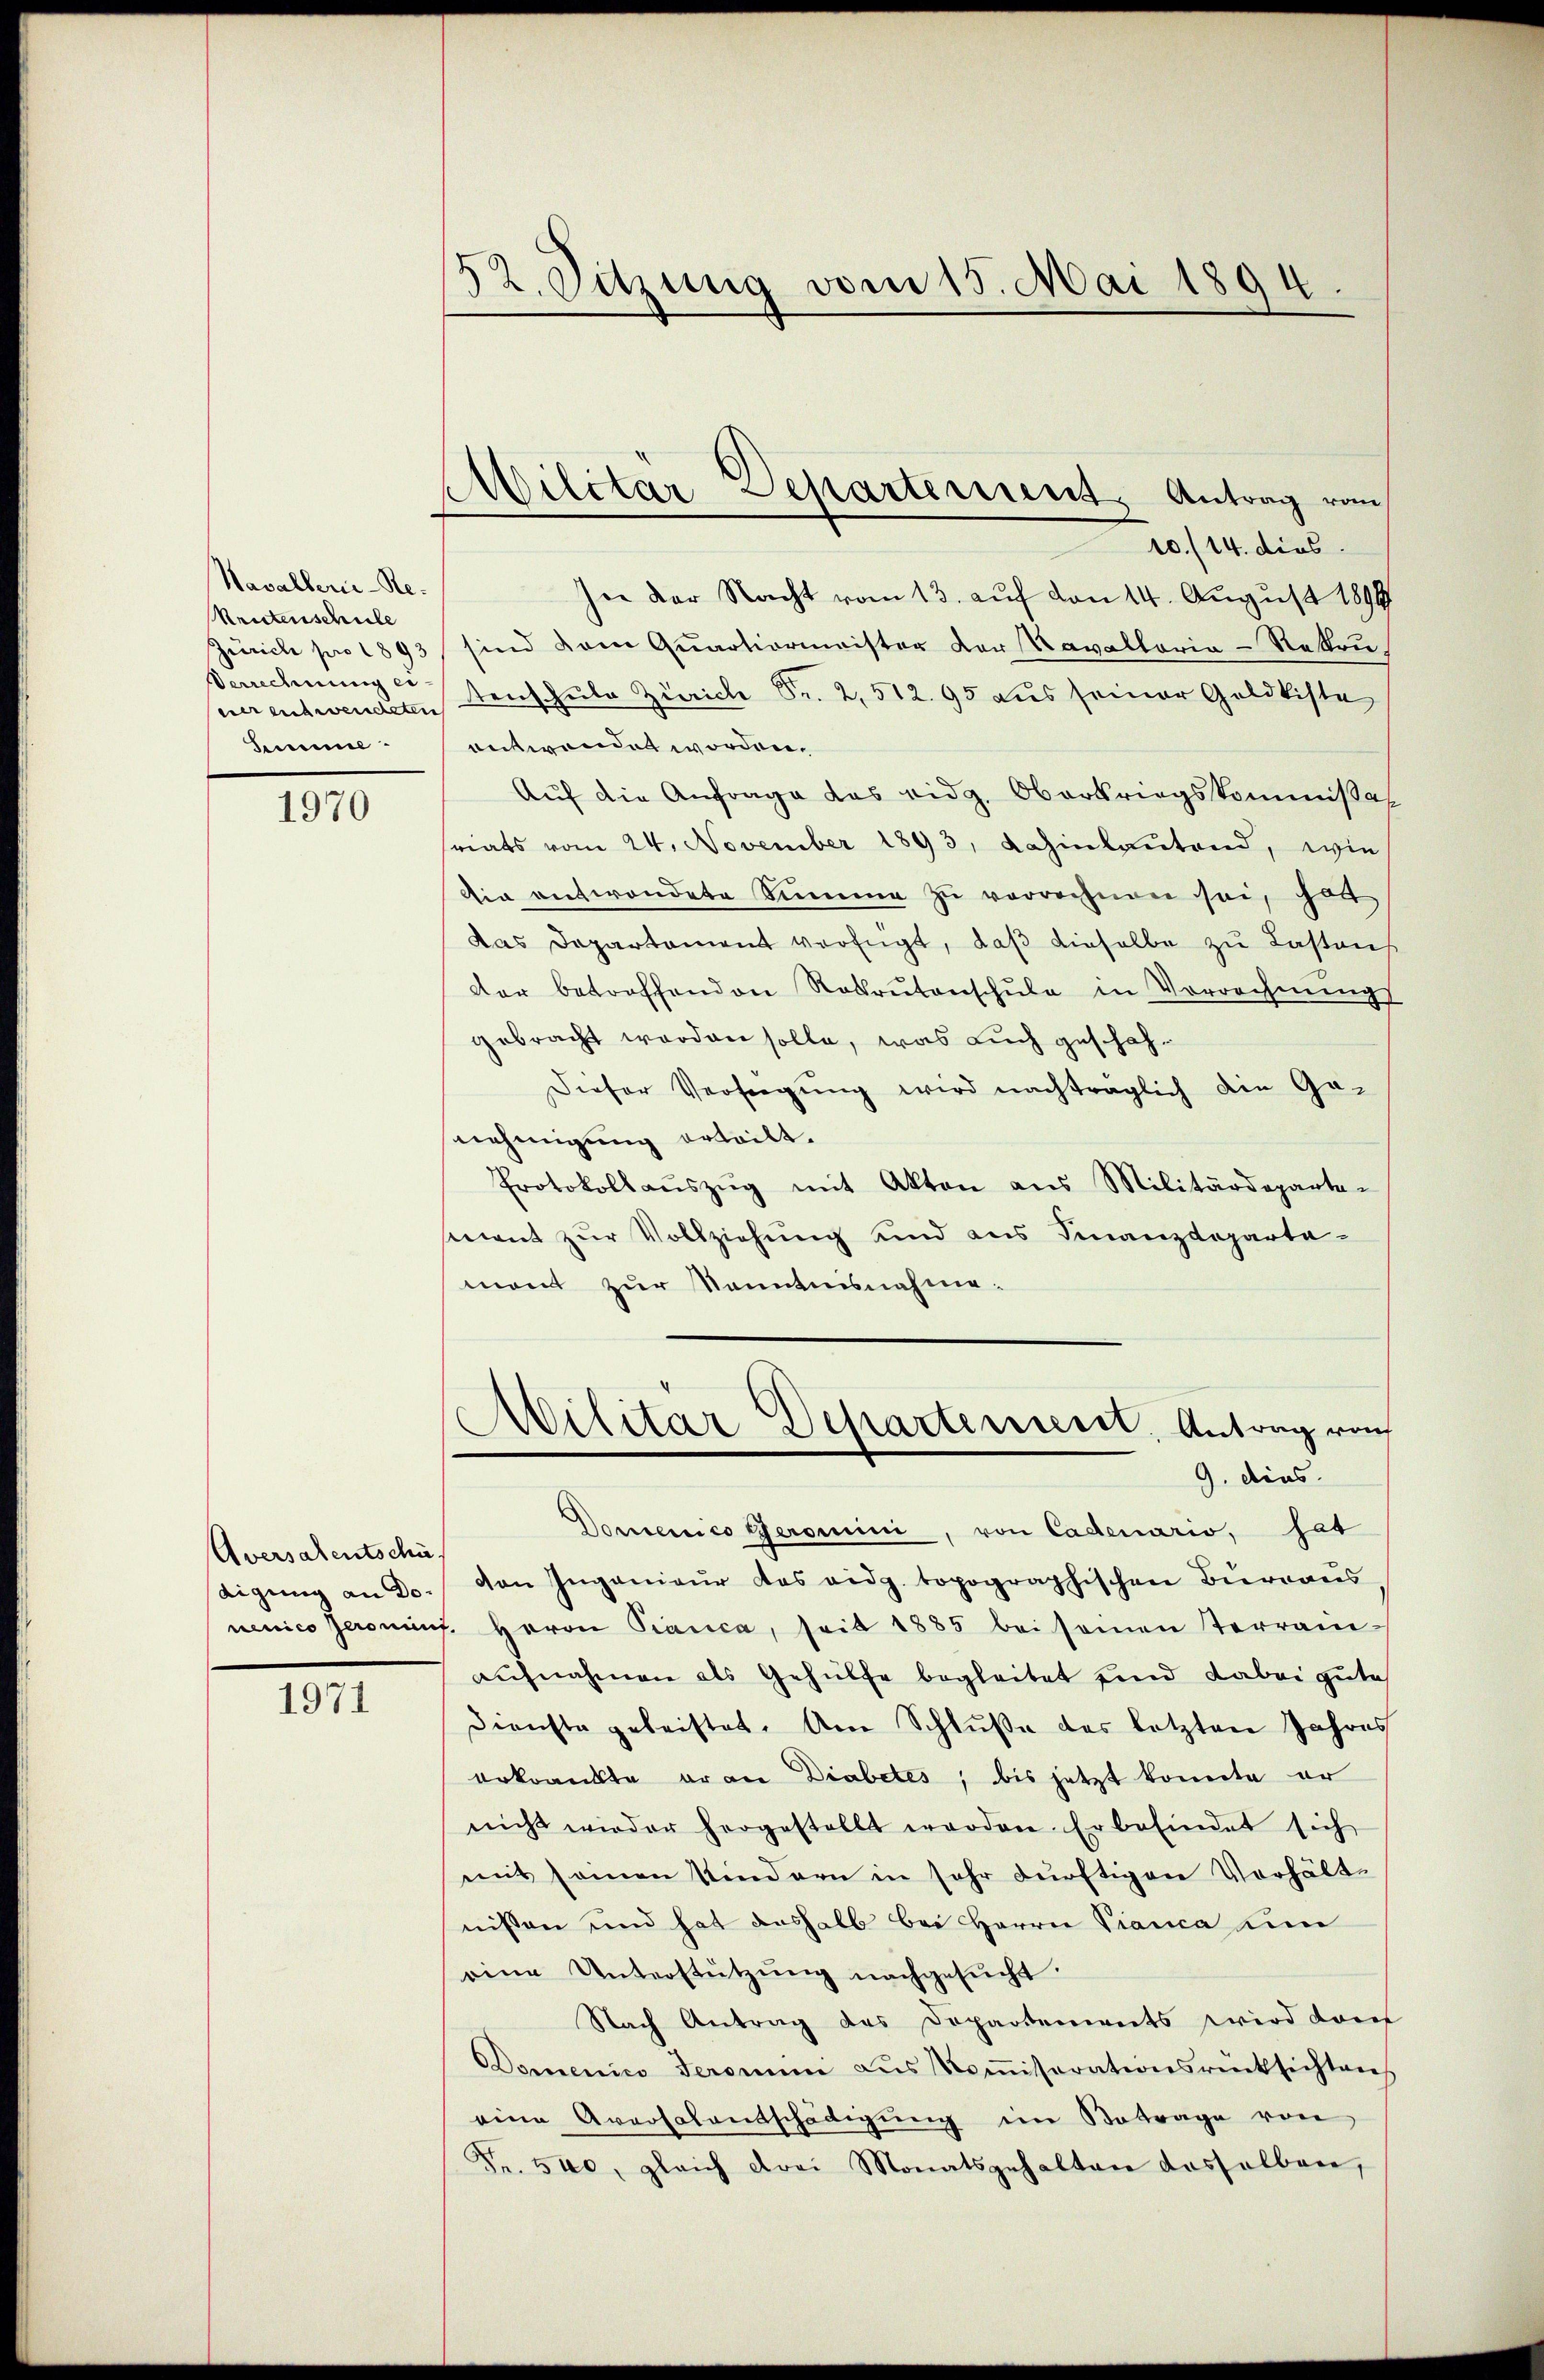
Kavallerie-Re¬
Reutenschule
Zürich pro 1893
Verrechnung eieier entwendeten
Semme.

1970

Aversalentschädigung an Do¬

1971

52. Sitzung vom 15. Mai 1894.

¬
Militar Separterrent Antrag vom

10./14. dies
hne der Nacht vom 13. auf von 14. August 1899
sind dem Quartiermeister der Kavallaria-Rekrutenschule Zürich Fr. 2, 512. 95 aus seiner Geldkiste
entwendet worden.
Auf die Anfrage das eidg. Oberkriegskommissal
riats vom 24. November 1893, dahinlautend, wie
die entwendete Summe zu verrechnen sei, hat
das Departament verfügt, daβ dieselbe zu Lastaus
der betreffenden Rekrutenschule in Vorrechnungs
gebracht werden solle, was auch geschäh¬
Dieser Verfügung wird nachträglich die Ge-
nehmigung erteilt.
Protokollaŭszŭg mit Akten ans Militärdeparten
ment zur Vollziehung und aus Finanzdeparta-
mont zur Kenntnisnahme.
¬
Militär Departerrieret. Antrag vom
9. dies
Domenico Geromini, von Cadenario, sat
von Ingenieur das eidg. topographischen Bureaus
nenico seronin. Herrn Pianca, seit 1885 bei seinen Terrain-
aufnahmen als Gehülfe begleitet sind dabei gute
Dienste geleistet. Am Schluße des letzten Jahres
erkrankte er an Diabetes, bis jetzt konnte er
nicht wieder hergestellt worden. Er befindet sich
mit seinen Kindern in sehr dürftigen Verhält-
nißen und hat deshalb bei Herrn Vianca um
eine Unterstützung nachgesucht.
Nach Antrag des Departements wird darf
Domenico Jeromni aŭs Koṁissarationsrücksichten
eine Aversalentschädigung im Betrage von
Fr. 540, gleich drei Monatsgehalten dasselben,